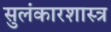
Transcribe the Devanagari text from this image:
सुलंकारशास्त्र